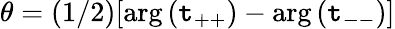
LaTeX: \theta=(1/2)[\arg{(\mathtt{t}_{++})}-\arg{(\mathtt{t}_{--})}]